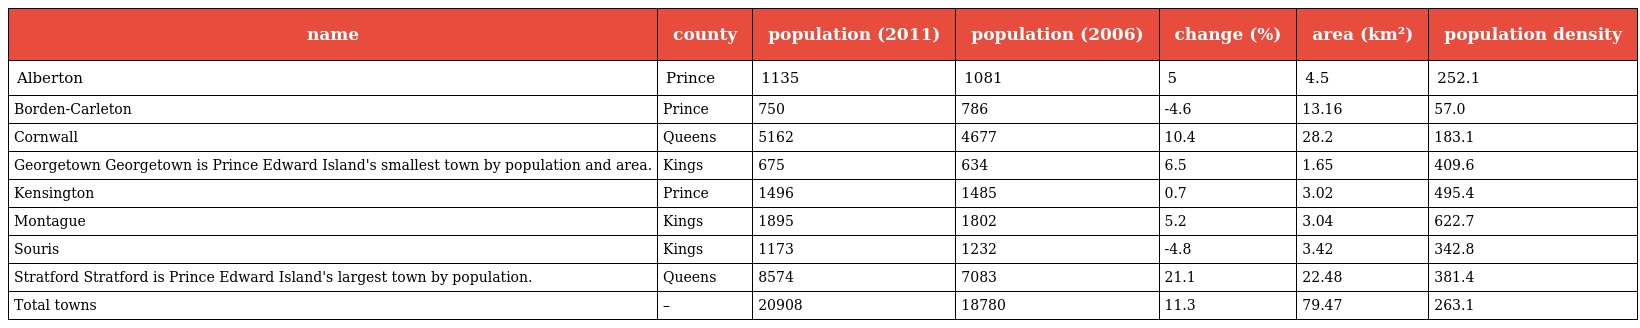
| name | county | population (2011) | population (2006) | change (%) | area (km²) | population density |
 | --- | --- | --- | --- | --- | --- | --- |
 | Alberton | Prince | 1135 | 1081 | 5 | 4.5 | 252.1 |
 | Borden-Carleton | Prince | 750 | 786 | -4.6 | 13.16 | 57.0 |
 | Cornwall | Queens | 5162 | 4677 | 10.4 | 28.2 | 183.1 |
 | Georgetown Georgetown is Prince Edward Island's smallest town by population and area. | Kings | 675 | 634 | 6.5 | 1.65 | 409.6 |
 | Kensington | Prince | 1496 | 1485 | 0.7 | 3.02 | 495.4 |
 | Montague | Kings | 1895 | 1802 | 5.2 | 3.04 | 622.7 |
 | Souris | Kings | 1173 | 1232 | -4.8 | 3.42 | 342.8 |
 | Stratford Stratford is Prince Edward Island's largest town by population. | Queens | 8574 | 7083 | 21.1 | 22.48 | 381.4 |
 | Total towns | – | 20908 | 18780 | 11.3 | 79.47 | 263.1 |